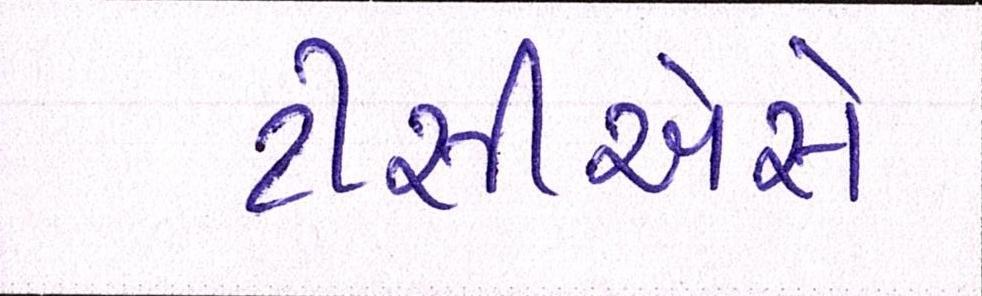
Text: ટીસીએસે